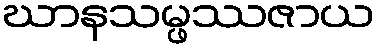
ဃာနသမ္ဖဿဇာယ